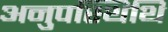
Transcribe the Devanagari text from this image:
अनुपस्थिथि